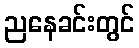
ညနေခင်းတွင်